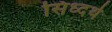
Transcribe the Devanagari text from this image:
सिध्दर्थ